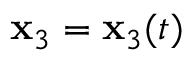
{ \mathbf x } _ { 3 } = { \mathbf x } _ { 3 } ( t )